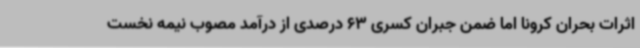
اثرات بحران کرونا اما ضمن جبران کسری 63 درصدی از درآمد مصوب نیمه نخست